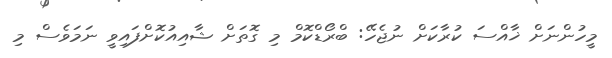
މީހުންނަށް ޚާއްސަ ކުރާކަށް ނުޖެހޭ: ބްރޯޑްކޮމް މި ގޮތަށް ޝާއިއުކޮށްފައިވީ ނަމަވެސް މި